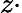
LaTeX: z\cdot